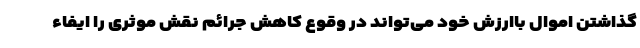
گذاشتن اموال باارزش خود می‌تواند در وقوع کاهش جرائم نقش موثری را ایفاء